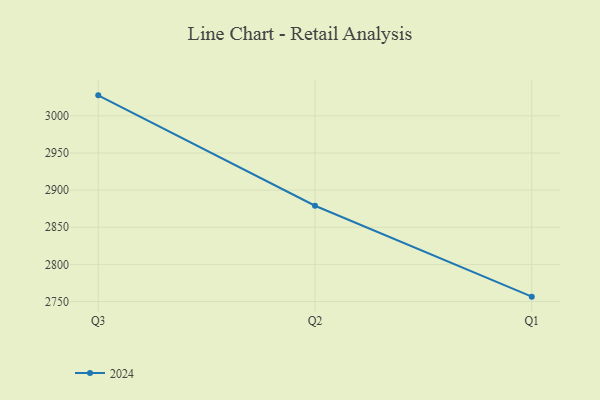
{"axis": {"x": "Quarter", "y": "Satisfaction Score"}, "legend": ["2024"], "data": [{"x": "Q3", "y": 3027.6, "type": "2024"}, {"x": "Q2", "y": 2879.0, "type": "2024"}, {"x": "Q1", "y": 2756.6, "type": "2024"}]}